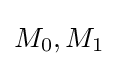
M_{0},M_{1}